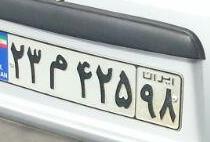
۲۳م۴۲۵۹۸